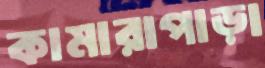
কামারাপাড়া